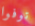
توفوا